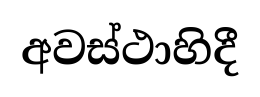
අවස්ථාහිදී